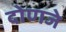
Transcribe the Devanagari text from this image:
दोणजे